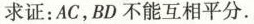
求证：AC，BD 不能互相平分.